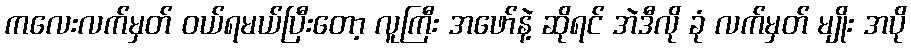
ကလေးလက်မှတ် ဝယ်ရမယ်ပြီးတော့ လူကြီး အဖော်နဲ့ ဆိုရင် အဲဒီလို ခုံ လက်မှတ် မျိုး အပို